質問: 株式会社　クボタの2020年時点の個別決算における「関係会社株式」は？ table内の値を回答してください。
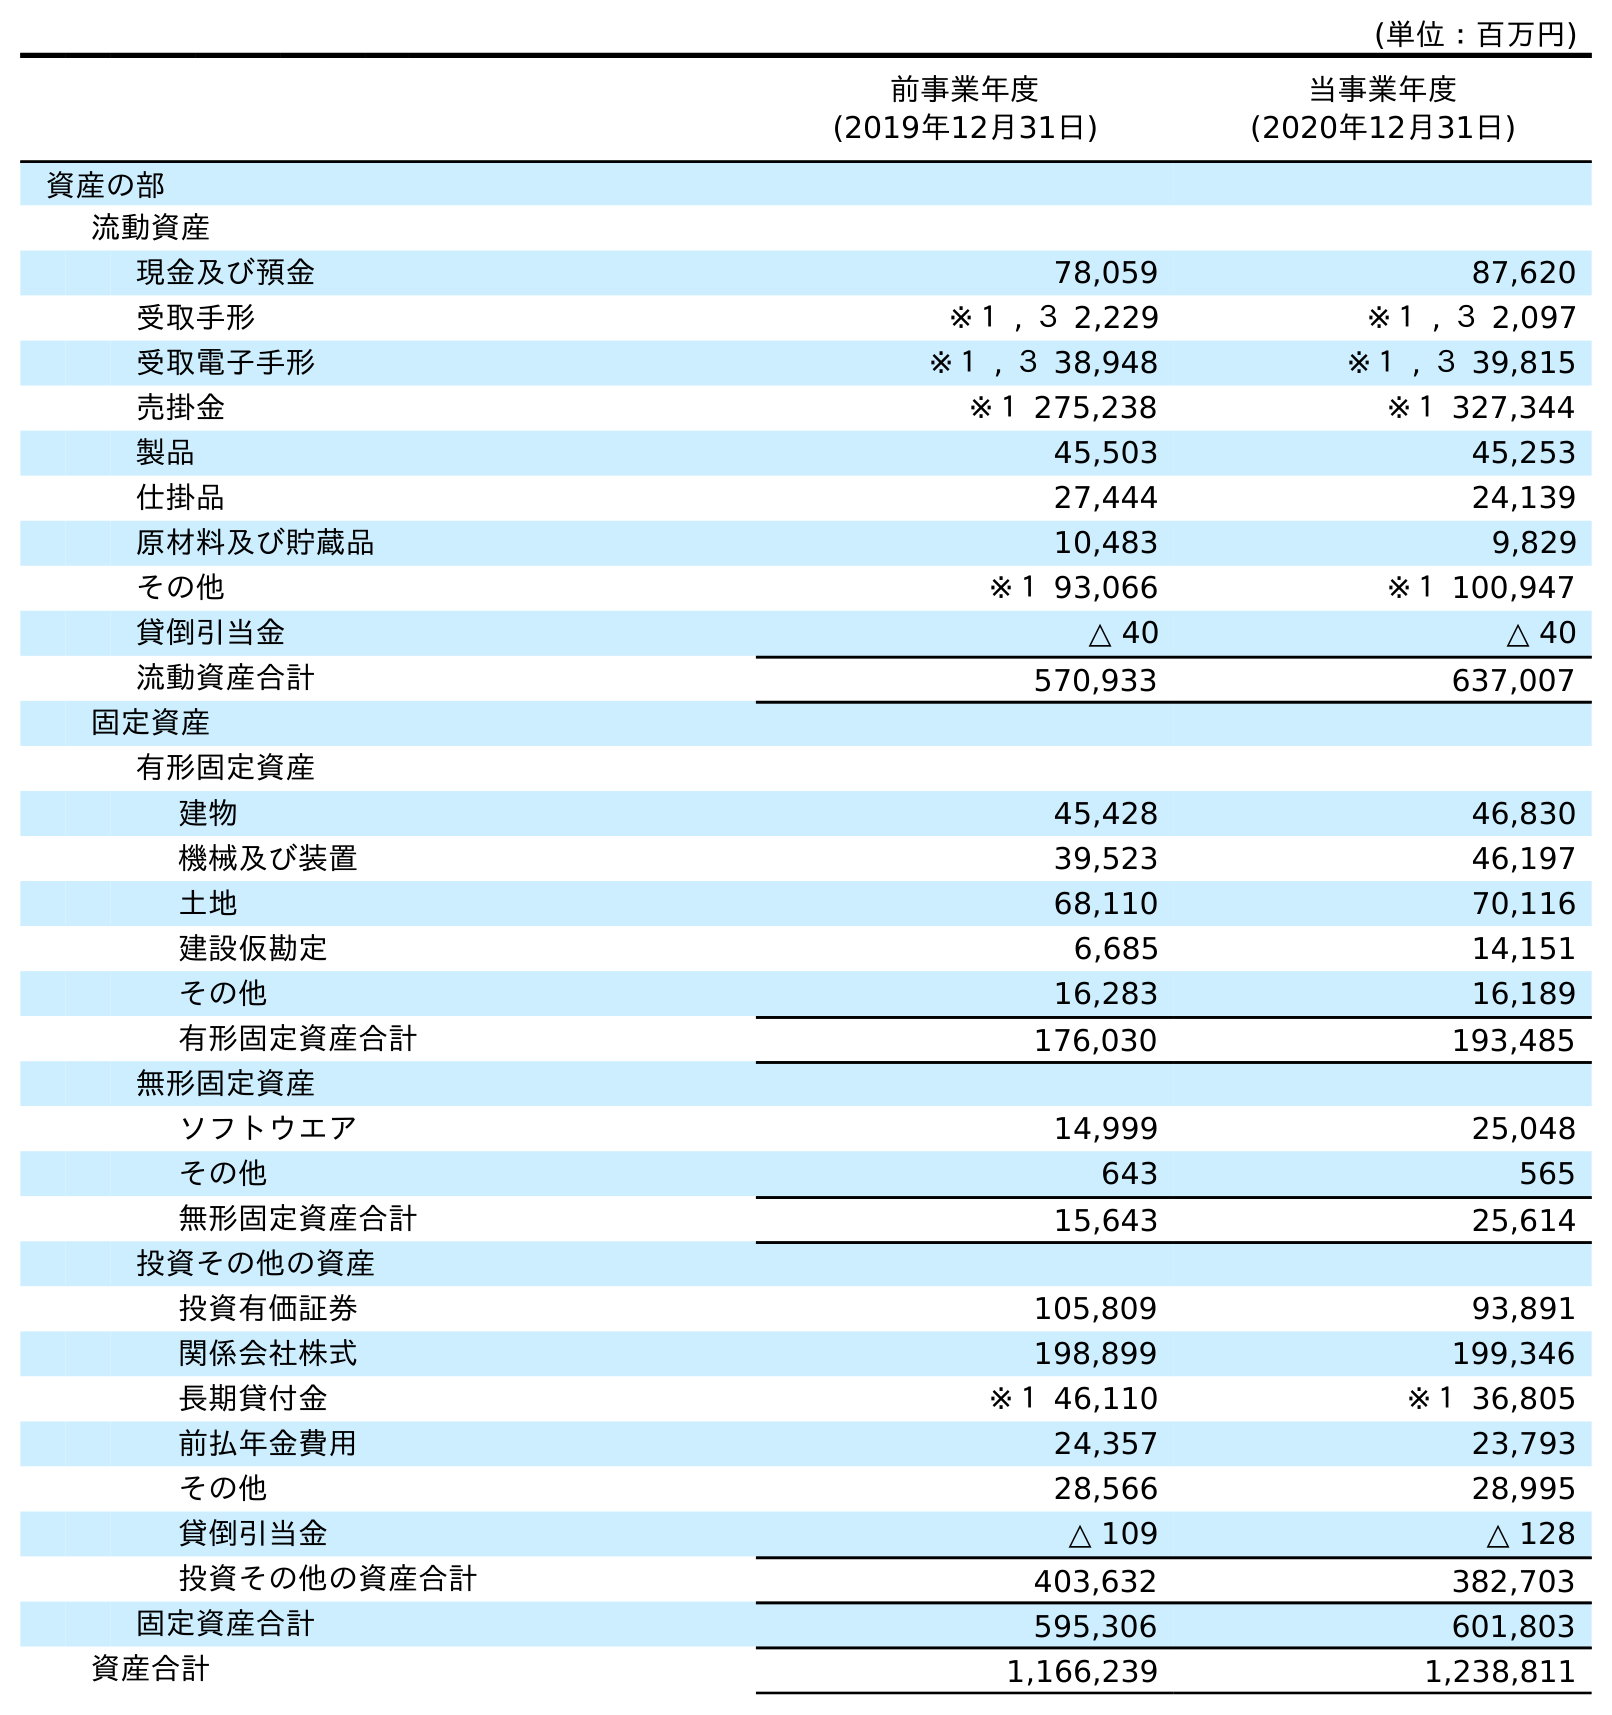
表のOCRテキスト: (単位：百万円) 前事業年度 (2019年12月31日) 当事業年度 (2020年12月31日) 資産の部 流動資産 現金及び預金 78,059 87,620 受取手形 ※１ , ３ 2,229 ※１ , ３ 2,097 受取電子手形 ※１ , ３ 38,948 ※１ , ３ 39,815 売掛金 ※１ 275,238 ※１ 327,344 製品 45,503 45,253 仕掛品 27,444 24,139 原材料及び貯蔵品 10,483 9,829 その他 ※１ 93,066 ※１ 100,947 貸倒引当金 △ 40 △ 40 流動資産合計 570,933 637,007 固定資産 有形固定資産 建物 45,428 46,830 機械及び装置 39,523 46,197 土地 68,110 70,116 建設仮勘定 6,685 14,151 その他 16,283 16,189 有形固定資産合計 176,030 193,485 無形固定資産 ソフトウエア 14,999 25,048 その他 643 565 無形固定資産合計 15,643 25,614 投資その他の資産 投資有価証券 105,809 93,891 関係会社株式 198,899 199,346 長期貸付金 ※１ 46,110 ※１ 36,805 前払年金費用 24,357 23,793 その他 28,566 28,995 貸倒引当金 △ 109 △ 128 投資その他の資産合計 403,632 382,703 固定資産合計 595,306 601,803 資産合計 1,166,239 1,238,811
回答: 199,346